Vaccine operations Central Provinces 1900-1911 - 1900-1911
Year: 1900
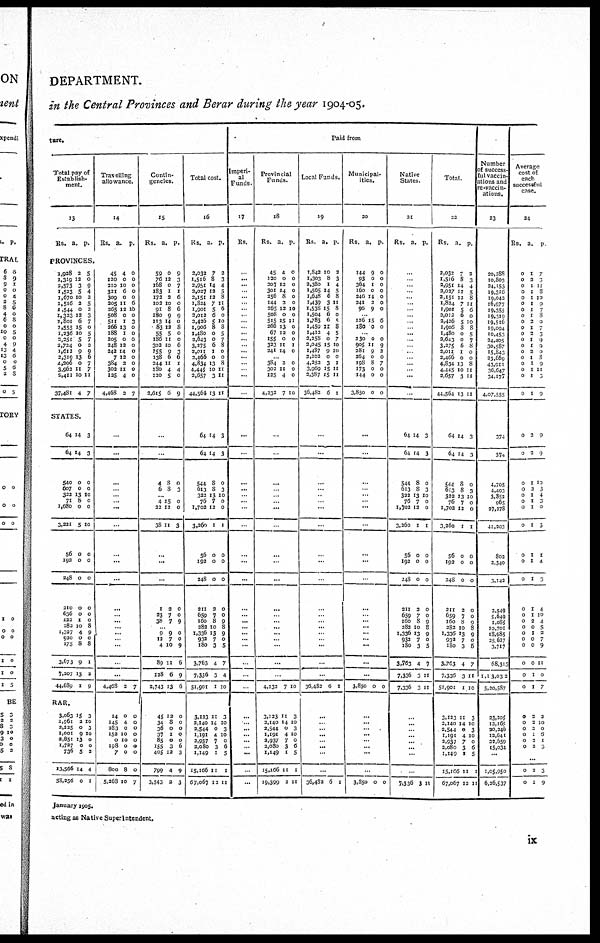
DEPARTMENT.
in the Central Provinces and Berar during the year 1904-05.
ture.
Total pay of
Establish-
ment.
13
Rs.
a.. p.
Travelling
allowance.
14
Rs.
a. p.
PROVINCES.
1,928
1,319
2,573
1,523
1,670
1,516
1,544
1,323
1,801
1,555
1,236
2,351
2,724
1,612
2,319
4,206
3,962
2,411
37,481
2
12
3
5
10
2
0
12
6
15
10
5
0
9
13
0
11
10
4
5
0
9
4
2
5
2
3
7
0
5
7
2
9
6
7
7
11
7
STATES.
64
64
540
607
322
71
7,680
3,221
56
192
348
210
636
122
282
1,327
920
175
3,673
7,207
44,689
14
14
0
0
13
8
0
5
0
0
0
0
0
1
10
4
0
8
9
13
1
3
3
0
0
10
0
0
10
0
0
0
0
0
0
8
9
0
8
1
2
9
RAR.
3,063
1,961
2,225
1,001
2,851
7,727
736
13,566
58,256
15
2
0
9
13
0
5
14
0
3
10
3
10
0
0
3
4
1
45
120
210
321
309
205
265
508
511
266
188
205
248
242
7
384
302
125
4,468
4
0
10
6
0
11
12
0
1
13
1
0
12
14
12
2
11
4
2
0
0
0
0
0
6
18
0
3
0
0
0
0
0
0
0
0
0
7
...
...
...
...
...
...
...
...
...
...
...
...
... ...
...
...
...
...
...
...
4,468 2 7
14
145
283
152
0
198
7
800
5,268
0
4
0
10
10
0
0
8
10
0
0
0
0
0
0
0
0
7
Contin-
gencies.
15
Rs.
a. p.
59
76
168
183
172
103
91
180
113
83
55
186
302
155
138
244
180
120
2,615
0
12
0
1
3
10
8
9
14
12
5
11
10
9
6
11
4
5
6
9
3
7
1
6
0
6
9
0
8
0
0
6
3
6
1
4
0
9
...
...
4
6
8
8
0
3
...
4
22
38
15
12
11
0
0
3
...
...
...
1
23
38
2
7
7
0
0
9
... 9
12
4
89
128
2,743
9
7
10
11
6
13
0
0
9
6
9
6
45
34
36
37
85
155
405
799
3,543
12
8
0
1
0
3
12
4
2
0
0
0
0
0
6
3
9
3
Total cost.
16
Rs. a. p.
2,032
1,576
2,957
2,027
2,751
1,824
1,901
2,012
3,426
1,906
1,480
2,643
3,275
2,011
2,466
4,834
4,445
2,657
44,564
7
8
14
12
12
7
5
6
5
8
0
0
6
1
0
13
10
3
13
2
3
4
5
8
11
6
0
10
8
5
7
8
0
0
8
11
11
11
64
64
544
613
322
76
1,702
3,260
56
192
248
211
659
160
282
1,336
932
180
3,763
7,336
51,901
14
14
8
8
13
7
12
1
0
0
0
2
7
8
10
13
7
3
4
3
1
3
3
0
3
10
0
0
1
0
0
0
0
0
9
8
9
0
5
7
4
10
3,123
2,140
2,544
1,191
2,937
2,080
1,149
15,166
67,067
11
14
0
4
7
3
1
11
12
3
10
3
10
0
6
5
1
11
Paid from
Imperi-
al
Funds.
17
Rs.
...
...
...
...
...
...
... ...
...
... ...
...
...
...
...
...
... ...
...
...
...
...
...
...
...
...
...
...
...
...
...
... ...
...
...
...
...
...
...
...
...
... ...
...
... ...
...
...
...
Provincial
Funds.
18
Rs. a. p.
45
120
207
301
256
144
265
508
515
266
67
155
323
241
4
0
12
14
8
2
12
0
15
13
12
0
11
14
0
0
0
0
0
0
10
0
11
0
0
0
1
0
... 384
302
125
4,232
2
11
4
7
0
0
0
10
...
...
...
...
...
... ...
...
...
...
...
...
... ...
...
...
...
...
...
...
4,232 7 10
3,123
2,140
2,544
7,191
2,937
2,080
1,149
15,166
19,399
11
14
0
4
7
3
1
11
2
3
10
3
10
0
6
5
1
11
Local Funds.
19
Rs. a. p.
1,842
1,303
2,380
7,565
1,648
1,439
7,538
1,504
1,783
7,459
1,412
2,258
2,045
1,487
2,202
4,252
3,969
2,387
36,482
10
8
1
14
6
3
75
6
6
11
4
0
15
9
0
3
15
15
6
2
3
4
5
8
11
8
0
5
8
5
7
10
10
0
1
11
11
1
...
...
...
...
...
...
...
...
...
...
...
...
...
... ...
...
... ...
...
...
36,482 6
1
...
... ...
...
...
...
...
...
36,482 6
1
Municipal-
ities.
20
Rs. a. p.
144
93
364
160
246
241
96
9
0
1
0
14
2
9
0
0
0
0
0
0
0
... 126
180
15
0
6
0
... 230
905
281
264
198
173
144
3,850
0
11
9
0
8
0
0
0
0
9
2
0
7
0
0
0
...
...
...
...
...
...
...
...
...
...
...
...
... ...
... ...
...
...
...
...
3,850 0 0
...
...
... ...
... ...
...
...
3,850 0 0
Native
States.
21
Rs.
a. p.
...
...
...
... ...
...
...
...
...
... ...
...
... ...
... ...
... ...
...
64
64
544
613
322
76
1,702
3,260
56
192
248
211
659
160
282
1,336
932
180
3,763
7,336
7,336
14
14
8
8
13
7
12
1
0
0
0
2
7
8
10
13
7 3
4
3
3
3
3
0
3
70
0
0
1
0
0
0
0
0
9
8
9
0
5
7
11
11
...
...
...
...
...
...
...
...
7,336 3 11
Total
22
Rs.
a. p.
2,032
1,516
2,957
2,027
2,751
1,824
1,901
2,012
2,426
1,906
1,480
2,643
3,275
2,011
2,466
4,834
4,445
2,657
44,564
7
8
14
12
12
7
5
6
5
8
0
0
6
1
0
13
10
3
13
2
3
4
5
8
11
6
0
10
8
5
7
8
0
0
8
11
11
11
64
64
544
613
322
76
1,702
3,260
56
192
248
211
659
160
283
1,336
932
180
3,763
7,336
51,901
14
14
8
8
13
7
12
1
0
0
0
2
7
8
10
13
7
3
4
3
1
3
3
0
3
10
0
0
1
0
0
0
0
0
0
8
9
0
5
7
11
10
3,123
2,140
3,544
1,191
2,937
2,080
1,149
15,166
67,067
11
14
0
4
7
3
1
1
12
3
10
3
10
0
6
5
1
11
Number
of success-
ful vaccin-
ations and
re-vaccin¬
ations.
23
20,288
10,803
24,153
19,316
19,043
16,977
19,355
19,319
19,516
19,094
10,453
24,405
30,587
15,843
23,669
43,971
36,647
34,177
4,07,555
374
374
4,705
4,403
3,853
965
27,278
41,203
802
2,340
3,142
2,549
5,649
1,085
10,701
18,985
25,627
3,717
68,313
1,13,032
5,20,587
23,205
13,165
20,346
12,641
22,659
15,034
...
1,05,950
6,26,537
Average
cost of
each
successful
case.
24
Rs. a. p.
0
0
0
0
0
0
0
0
0
0
0
0
0
0
0
0
0
0
0
1
2
1
1
1
1
1
1
2
1
2
1
1
2
1
1
1
1
1
7
3
11
8
10
9
7
8
0
7
3
9
9
0
3
9
11
3
9
0
0
0
0
0
0
0
0
0
0
0
0
0
0
0
0
0
0
0
0
0
2
2
1
2
1
1
1
1
1
1
1
1
1
2
0
1
0
0
0
1
1
9
9
10
3
4
3
0
5
1
4
3
4
10
1
5
2
7
9
11
0
7
0
0
0
0
0
0
2
2
2
1
3
2
3
10
0
6
1
3
...
0
0
2
1
3
9
January 1905.
acting as Native Superintendent.
ix